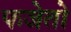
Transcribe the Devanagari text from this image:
फजेतो